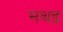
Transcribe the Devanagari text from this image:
मथइ